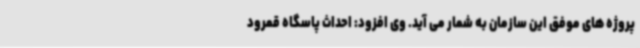
پروژه های موفق این سازمان به شمار می آید. وی افزود: احداث پاسگاه قمرود